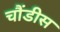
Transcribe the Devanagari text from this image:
चौंडीस